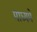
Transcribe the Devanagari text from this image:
माध्‍यमे